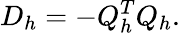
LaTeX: D_{h}=-Q_{h}^{T}Q_{h}.